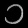
Digit: ၁